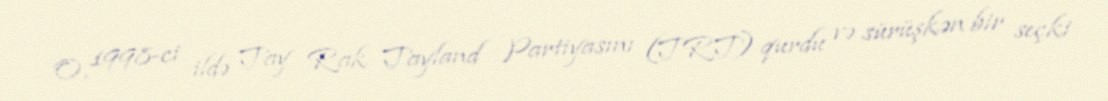
O, 1998-ci ildə Tay Rak Tayland Partiyasını (TRT) qurdu və sürüşkən bir seçki